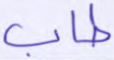
طاب